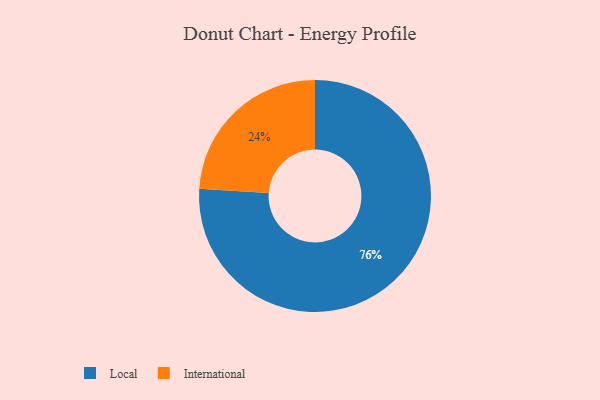
{"axis": {"x": "Category", "y": "Percentage"}, "legend": ["International", "Local"], "data": [{"x": "International", "y": 24, "type": "International"}, {"x": "Local", "y": 76, "type": "Local"}]}